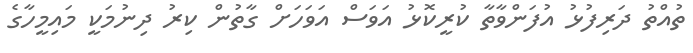
ތުއްތު ދަރިފުޅު އުފަންވާތާ ކުރީކޮޅު އަވަސް އަވަހަށް ގާތުން ކިރު ދިނުމަކީ މައިމީހާގެ